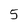
Character: 5